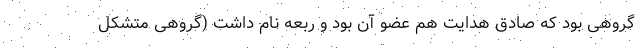
گروهی بود که صادق هدایت هم عضو آن بود و ربعه نام داشت (گروهی متشکل